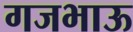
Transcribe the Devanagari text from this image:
गजभाऊ